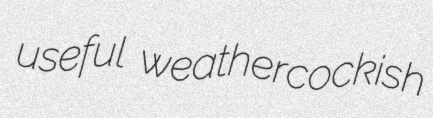
useful weathercockish